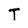
Character: T